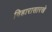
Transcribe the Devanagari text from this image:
विहारासारखे